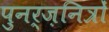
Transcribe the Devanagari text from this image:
पुनर्ज़नित्रों